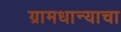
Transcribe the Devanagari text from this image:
ग्रामधान्याचा